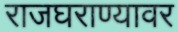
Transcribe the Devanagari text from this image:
राजघराण्यावर